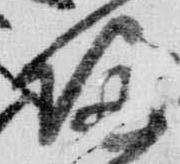
帰